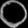
Digit: ၀